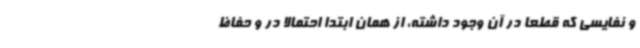
و نفایسی که قطعا در آن وجود داشته، از همان ابتدا احتمالا در و حفاظ